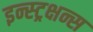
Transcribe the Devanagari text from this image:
इन्स्ट्रक्षन्स